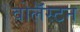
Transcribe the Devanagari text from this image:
वोलॅस्टन